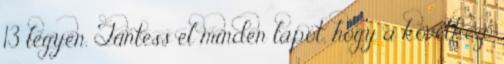
13 legyen. Tüntess el minden lapot, hogy a következő